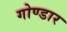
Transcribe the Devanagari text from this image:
गोण्डार